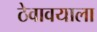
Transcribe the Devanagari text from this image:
ठेवावयाला